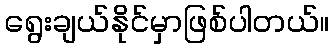
ရွေးချယ်နိုင်မှာဖြစ်ပါတယ်။